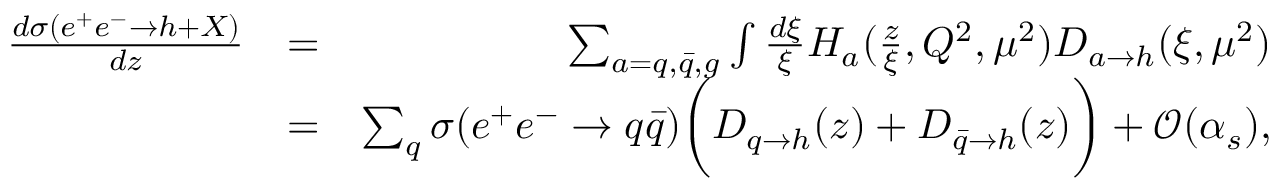
\begin{array} { r l r } { \frac { d \sigma ( e ^ { + } e ^ { - } \rightarrow h + X ) } { d z } } & { = } & { \sum _ { a = q , \bar { q } , g } \int \frac { d \xi } { \xi } H _ { a } ( \frac { z } { \xi } , Q ^ { 2 } , \mu ^ { 2 } ) D _ { a \rightarrow h } ( \xi , \mu ^ { 2 } ) } \\ & { = } & { \sum _ { q } \sigma ( e ^ { + } e ^ { - } \rightarrow q \bar { q } ) \biggr ( D _ { q \rightarrow h } ( z ) + D _ { \bar { q } \rightarrow h } ( z ) \biggr ) + { \mathcal O } ( \alpha _ { s } ) , } \end{array}